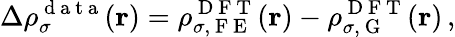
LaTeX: \Delta\rho_{\sigma}^{\mathrm{~d~a~t~a~}}(\boldsymbol{\textbf{r}})=\rho_{\sigma,\mathrm{~F~E~}}^{\mathrm{~D~F~T~}}(\boldsymbol{\textbf{r}})-\rho_{\sigma,\mathrm{~G~}}^{\mathrm{~D~F~T~}}(\boldsymbol{\textbf{r}})\, ,